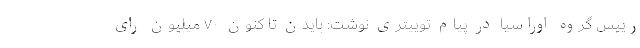
رییس گروه اوراسیا در پیام توییتری نوشت: بایدن تا کنون ۷۰ میلیون رای